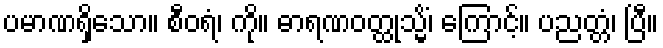
ပမာဏရှိသော။ စီဝရံ၊ ကို။ ဓာရဏဝတ္ထုသ္မိံ၊ ကြောင့်။ ပညတ္တံ၊ ပြီ။